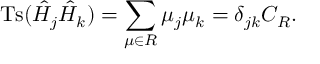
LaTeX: \mathrm { T s } ( \hat { H } _ { j } \hat { H } _ { k } ) = \sum _ { \mu \in { \cal R } } \mu _ { j } \mu _ { k } = \delta _ { j k } C _ { \cal R } .